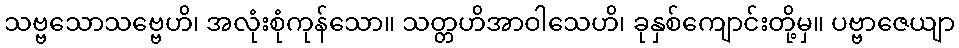
သဗ္ဗသောသဗ္ဗေဟိ၊ အလုံးစုံကုန်သော။ သတ္တဟိအာဝါသေဟိ၊ ခုနှစ်ကျောင်းတို့မှ။ ပဗ္ဗာဇေယျာ